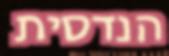
הנדסית